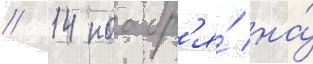
// 14 ноабр'я́ на́